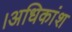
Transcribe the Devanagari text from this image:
।अधिकांश